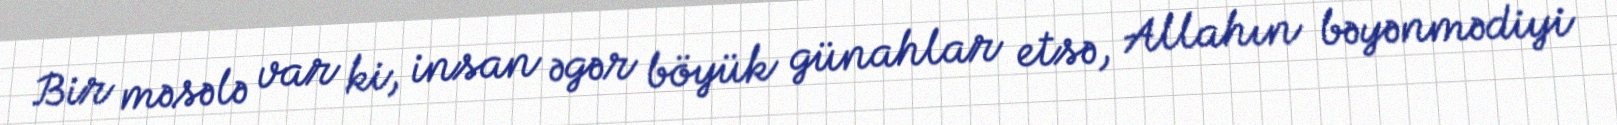
Bir məsələ var ki, insan əgər böyük günahlar etsə, Allahın bəyənmədiyi